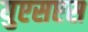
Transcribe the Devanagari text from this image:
युएसएस